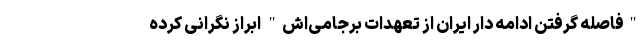
"فاصله گرفتن ادامه دار ایران از تعهدات برجامی‌اش" ابراز نگرانی کرده